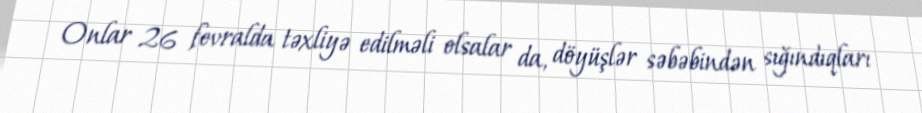
Onlar 26 fevralda təxliyə edilməli olsalar da, döyüşlər səbəbindən sığındıqları